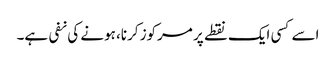
اسے کسی ایک نقطے پر مرکوز کرنا، ہونے کی نفی ہے۔